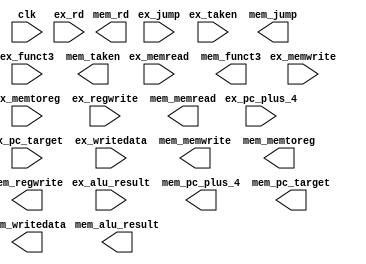
//exmem_reg.v


module exmem_reg #(
  parameter DATA_WIDTH = 32
)(
  // TODO: Add flush or stall signal if it is needed

  //////////////////////////////////////
  // Inputs
  //////////////////////////////////////
  input clk,

  input [DATA_WIDTH-1:0] ex_pc_plus_4,
  input [DATA_WIDTH-1:0] ex_pc_target,
  input ex_taken,

  // mem control
  input ex_memread,
  input ex_memwrite,

  // wb control
  input [1:0] ex_jump,
  input ex_memtoreg,
  input ex_regwrite,
  
  input [DATA_WIDTH-1:0] ex_alu_result,
  input [DATA_WIDTH-1:0] ex_writedata,
  input [2:0] ex_funct3,
  input [4:0] ex_rd,
  
  //////////////////////////////////////
  // Outputs
  //////////////////////////////////////
  output [DATA_WIDTH-1:0] mem_pc_plus_4,
  output [DATA_WIDTH-1:0] mem_pc_target,
  output mem_taken,

  // mem control
  output mem_memread,
  output mem_memwrite,

  // wb control
  output [1:0] mem_jump,
  output mem_memtoreg,
  output mem_regwrite,
  
  output [DATA_WIDTH-1:0] mem_alu_result,
  output [DATA_WIDTH-1:0] mem_writedata,
  output [2:0] mem_funct3,
  output [4:0] mem_rd
);

// TODO: Implement EX / MEM pipeline register module

endmodule